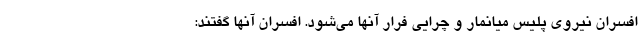
افسران نیروی پلیس میانمار و چرایی فرار آنها می‌شود. افسران آنها گفتند: